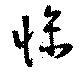
惨